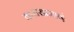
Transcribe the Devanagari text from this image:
करारप्रमाणे